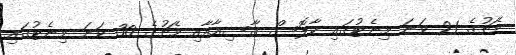
މެޗުގެ 21 ވަނަ މިނެޓުގައި ކާލޮސް ގާސިއާއާއި މެޗުގެ 30 ވަނަ މިނެޓުގައި